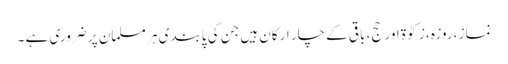
نماز ،روزہ ،زکوٰۃ اور حج، باقی کے چار ارکان ہیں جن کی پابندی ہر مسلمان پر ضروری ہے ۔